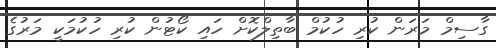
ގާސިމް މަރަން ކުރި ހުކުމް ބާތިލްކޮށް ހައި ކޯޓުން ކުރި ހުކުމަކީ މަރުގެ